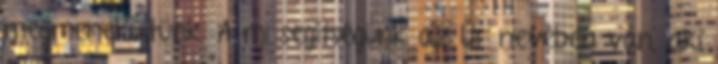
megmenekültünk. A mi segítségünk az Úr nevében van, aki